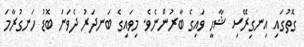
ގޮތުގައި އިނގިރޭސި ޝާހީ ވައިގެ ބާރުންނެވެ. މިވައިގެ ބަނދަރު ދެވަނަ ބޮޑު ހަނގުރާމަ